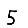
Digit: 5